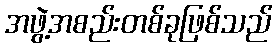
အဖွဲ့အစည်းတစ်ခုဖြစ်သည်